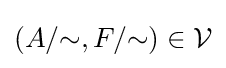
(A/{\sim },F/{\sim })\in {\mathcal {V}}